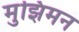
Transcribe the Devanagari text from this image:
मुझिमन